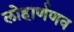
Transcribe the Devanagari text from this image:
लोहार्णणव